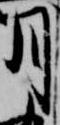
月